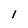
Character: l